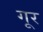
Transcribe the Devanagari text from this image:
गूर